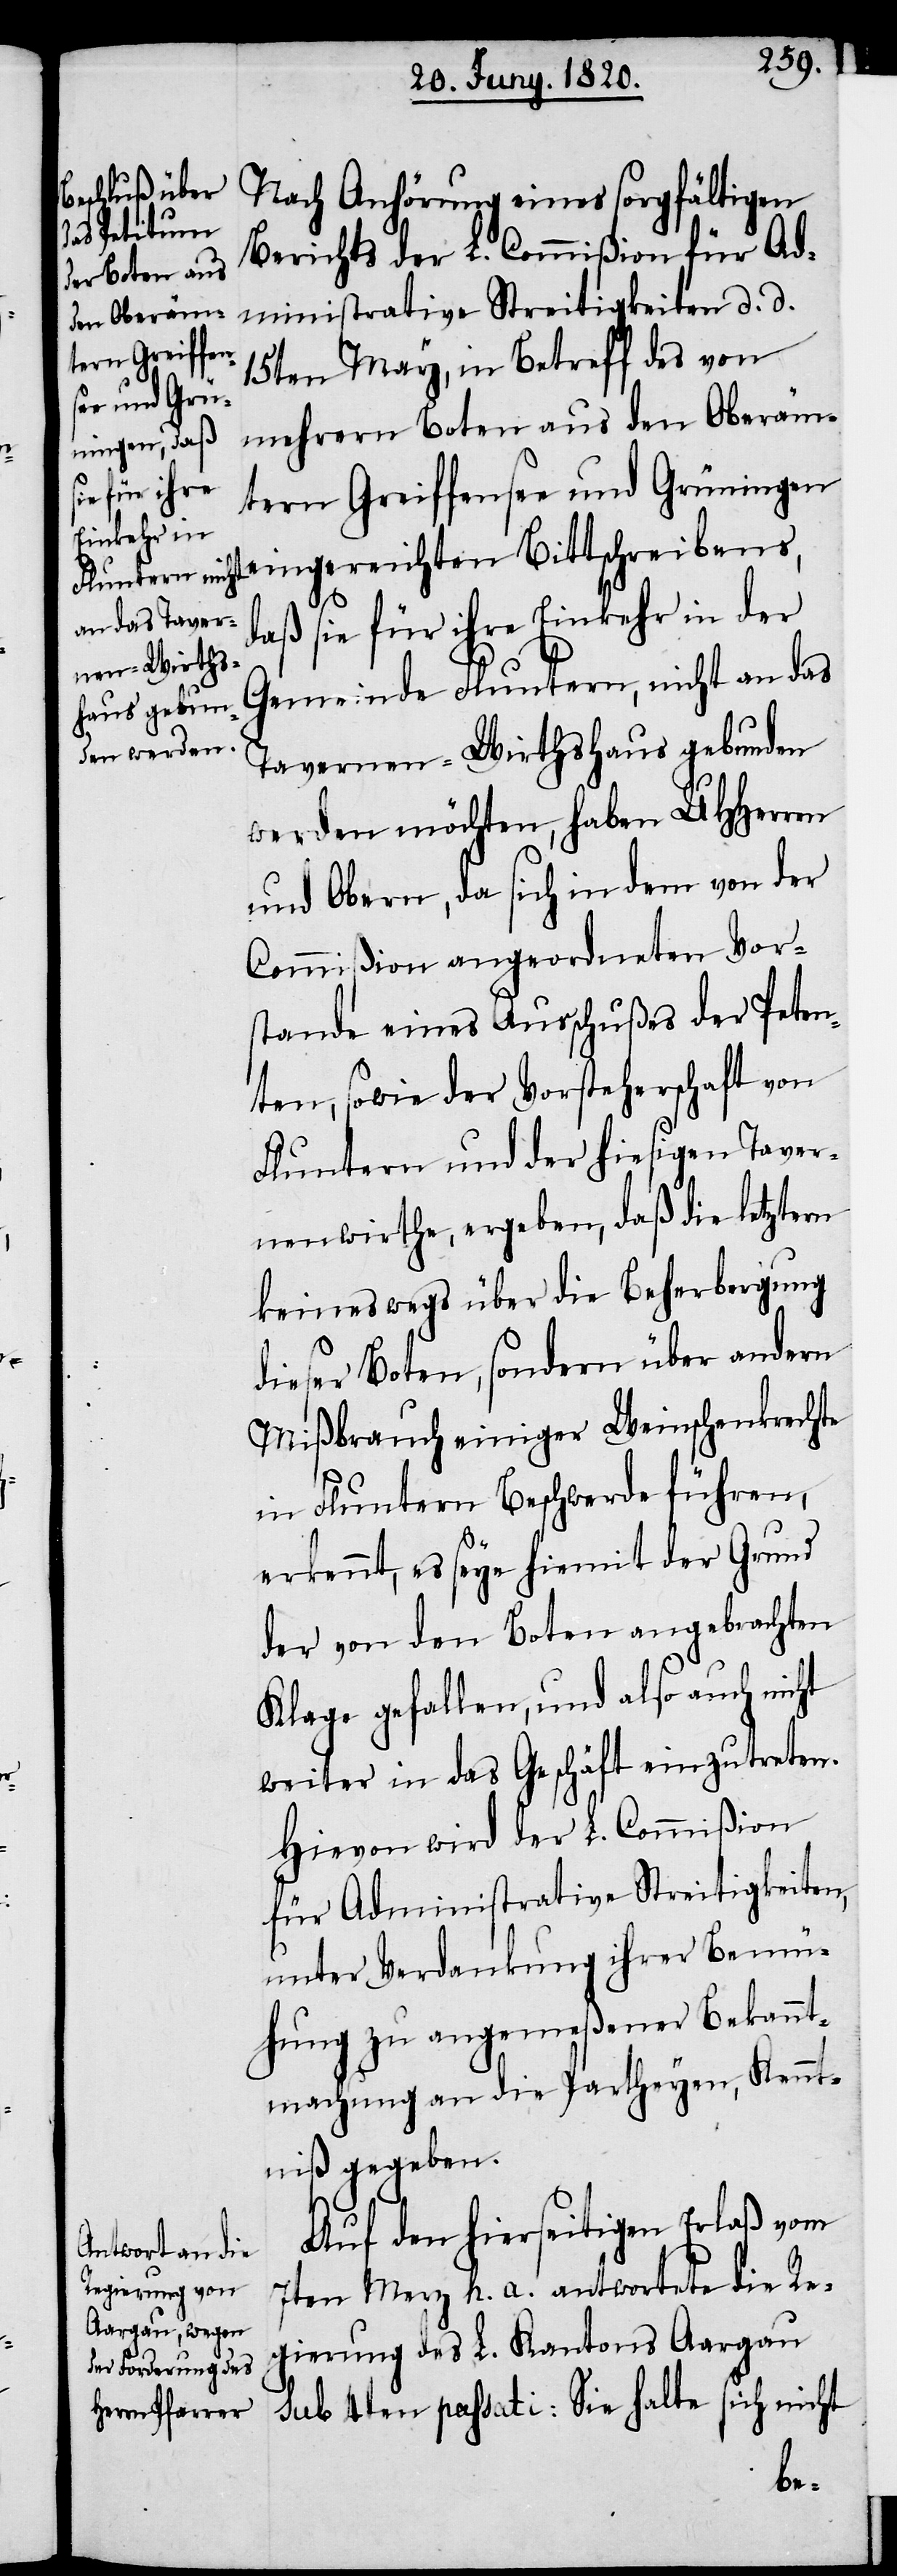
Nach Anhörung eines sorgfältigen
Berichts der L. Commiβion für Ad¬
ministrative Streitigkeiten d. d.
15ten May, in Betreff des von
mehrern Boten aus den Oberäm¬
tern Greiffensee und Grüningen
eingereichten Bittschreibens,
daß sie für ihre Einkehr in der
Gemeinde Fluntern, nicht an das
Tavernen-Wirthshaus gebunden
werden möchten, haben UHHerren
und Obern, da sich in dem von der
Commiβion angeordneten Vor¬
stande eines Ausschußes der Peten¬
ten, sowie der Vorsteherschaft von
Fluntern und der hiesigen Taver¬
nenwirthe, ergeben, daß die letzten
keineswegs über die Beherbergung
dieser Boten, sondern über andern
Mißbrauch einiger Weinschenkrechte
in Fluntern Beschwerde führen,
erkennt, es sey hiemit der Grund
der von den Boten angebrachten
Klage gefallen, und also auch nicht
weiter in das Geschäft einzutreten.
Hievon wird der L. Commiβion
für Administrative Streitigkeiten,
unter Verdankung ihrer Bemü¬
hung zu angemeßener Bekannt¬
machung an die Partheyen, Kennt¬
niß gegeben.
Auf den hierseitigen Erlaß vom
7ten Merz h. a. antwortete die Re¬
gierung des L. Kantons Aargau
sub 4ten passati: Sie halte sich nicht